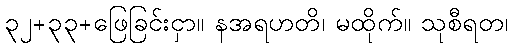
၃၂+၃၃+ဖြေခြင်းငှာ။ နအရဟတိ၊ မထိုက်။ သုစီရတ၊